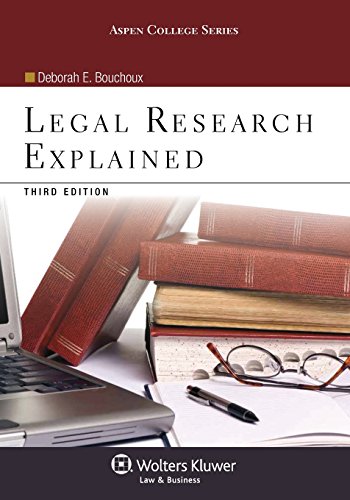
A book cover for Legal Research Explained, Third Edition (Aspen College); Deborah E. Bouchoux; Law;